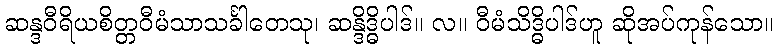
ဆန္ဒဝီရိယစိတ္တဝီမံသာသင်္ခါတေသု၊ ဆန္ဒိဒ္ဓိပါဒ်။ လ။ ဝီမံသိဒ္ဓိပါဒ်ဟူ ဆိုအပ်ကုန်သော။